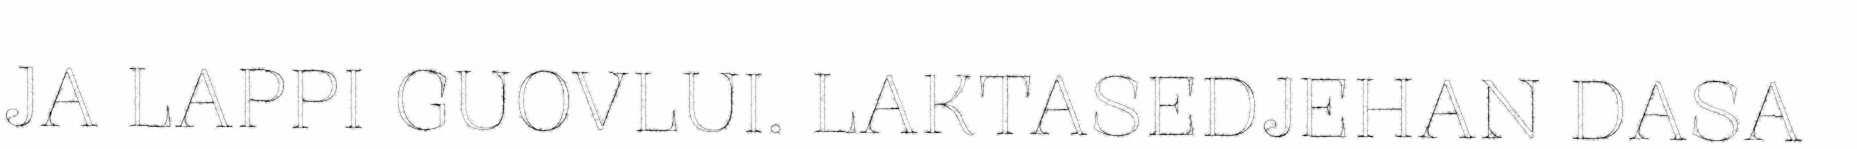
JA LAPPI GUOVLUI. LAKTASEDJEHAN DASA